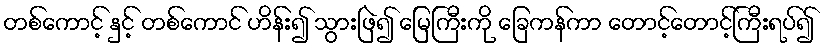
တစ်ကောင့် နှင့် တစ်ကောင် ဟိန်း၍ သွားဖြဲ၍ မြေကြီးကို ခြေကန်ကာ တောင့်တောင့်ကြီးရပ်၍